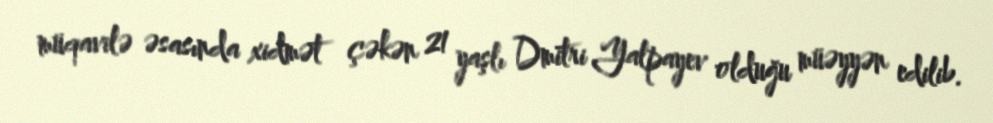
müqavilə əsasında xidmət çəkən 21 yaşlı Dmitri Yalpayev olduğu müəyyən edilib.